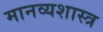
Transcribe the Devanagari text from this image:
मानव्यशास्त्र